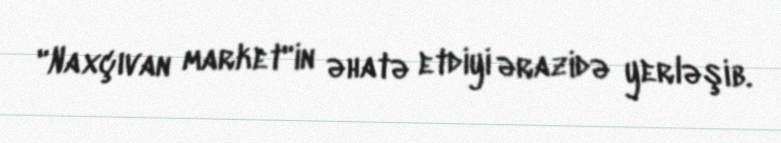
"Naxçıvan market"in əhatə etdiyi ərazidə yerləşib.